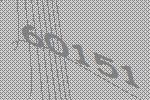
60151